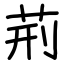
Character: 荊